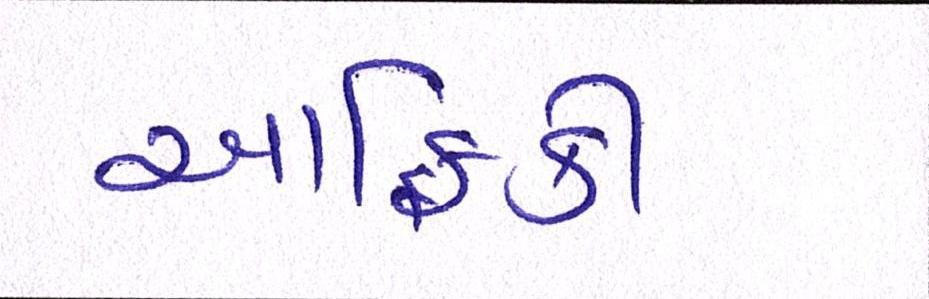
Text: આફ્રિકી